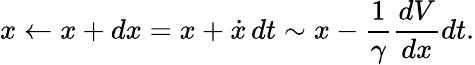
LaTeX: x\leftarrow x+dx=x+\dot{x}\, dt\sim x-\frac{1}{\gamma}\frac{dV}{dx}dt.